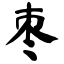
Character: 枣